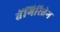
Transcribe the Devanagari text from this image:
तेंगिरितेग